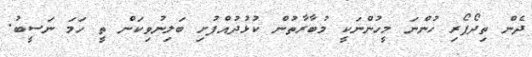
ދެން ތިދޯފޯރި ހުންނަ މީހުންނަކީ މުބާރާތުން ކުޅުދުއްފުށި ބަލިނުވިކަން ތީ ހަމަ ނަސީބު.